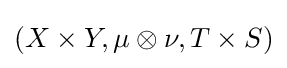
(X\times Y,\mu \otimes \nu ,T\times S)